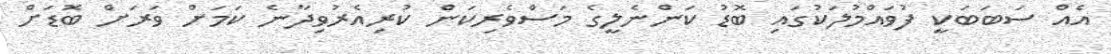
އެއް ސަބަބަކީ ފުވައްމުލަކުގައި ބޮޑު ކަންނެލީގެ މަސްވެރިކަން ކުރިއެރުވިދާނެ ކަމަށް ވަރަށް ބޮޑަށް